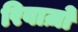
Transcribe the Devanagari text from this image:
रिवाज़ो